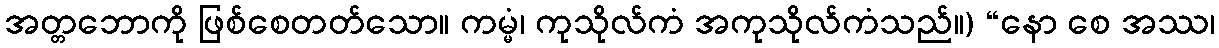
အတ္တဘောကို ဖြစ်စေတတ်သော။ ကမ္မံ၊ ကုသိုလ်ကံ အကုသိုလ်ကံသည်။) “နော စေ အဿ၊